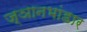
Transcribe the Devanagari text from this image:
ज्ञानभांडार